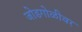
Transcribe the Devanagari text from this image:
जोडगोळीवर